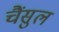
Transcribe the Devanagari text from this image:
चैंसुल